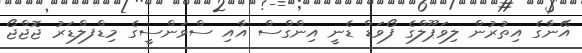
އޭނާގެ އިތުރުން ލިވަޕޫލްގެ ފޯވަޑް ޑެނީ އިންގްސް އާއި ސްވަންސީގެ މިޑްފލްޑަރު ޖޮޖްޖޯ